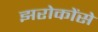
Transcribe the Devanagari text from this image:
झरोकोंसे